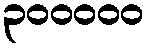
၃၀၀၀၀၀